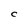
Character: C